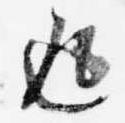
返